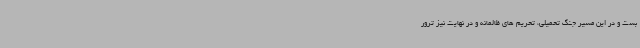
بست و در این مسیر جنگ تحمیلی، تحریم های ظالمانه و در نهایت نیز ترور